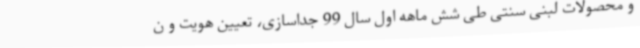
و محصولات لبنی سنتی طی شش ماهه اول سال 99 جداسازی، تعیین هویت و ن